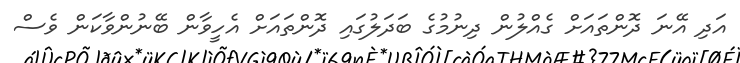
އަދި އޭނަ ދޮންތައަށް ގެއްލުން ދިނުމުގެ ބަދަލުގައި ދޮންތައަށް އެހީވާން ބޭނުންވާކަން ވެސް